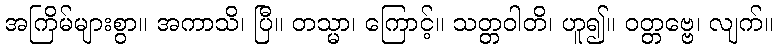
အကြိမ်များစွာ။ အကာသိ၊ ပြီ။ တသ္မာ၊ ကြောင့်။ သတ္တဝါတိ၊ ဟူ၍။ ဝတ္တဗ္ဗေ၊ လျက်။